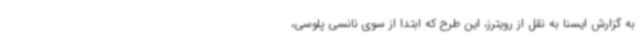
به گزارش ایسنا به نقل از رویترز، این طرح که ابتدا از سوی نانسی پلوسی،